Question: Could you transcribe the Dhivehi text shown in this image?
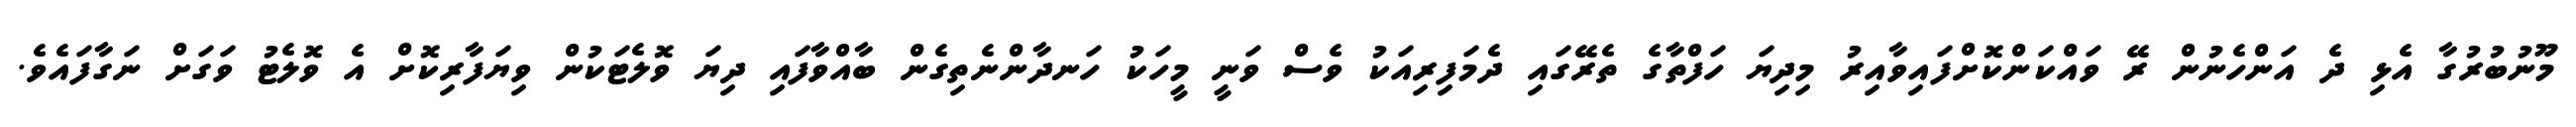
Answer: މޫނުބުރުގާ އެޅި ދެ އަންހެނުން ރޭ ވައްކަންކޮށްފައިވާއިރު މިދިޔަ ހަފްތާގެ ތެރޭގައި ދެމަފިރިއަކު ވެސް ވަނީ މީހަކު ހަނދާންނެތިގެން ބާއްވާފައި ދިޔަ ވޮލެޓަކުން ވިޔަފާރިކޮށް އެ ވޮލެޓު ވަގަށް ނަގާފައެވެ.